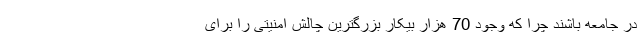
در جامعه باشند چرا که وجود 70 هزار بیکار بزرگترین چالش امنیتی را برای